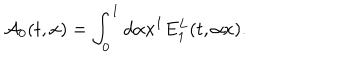
{ \cal A } _ { 0 } ( t , x ) = \int _ { 0 } ^ { 1 } { d \alpha } x ^ { 1 } E _ { 1 } ^ { L } ( t , \alpha x ) .